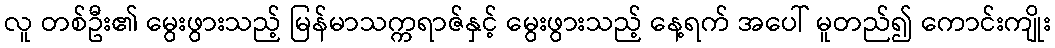
လူ တစ်ဦး၏ မွေးဖွားသည့် မြန်မာသက္ကရာဇ်နှင့် မွေးဖွားသည့် နေ့ရက် အပေါ် မူတည်၍ ကောင်းကျိုး